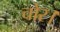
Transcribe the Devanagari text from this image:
चोर।